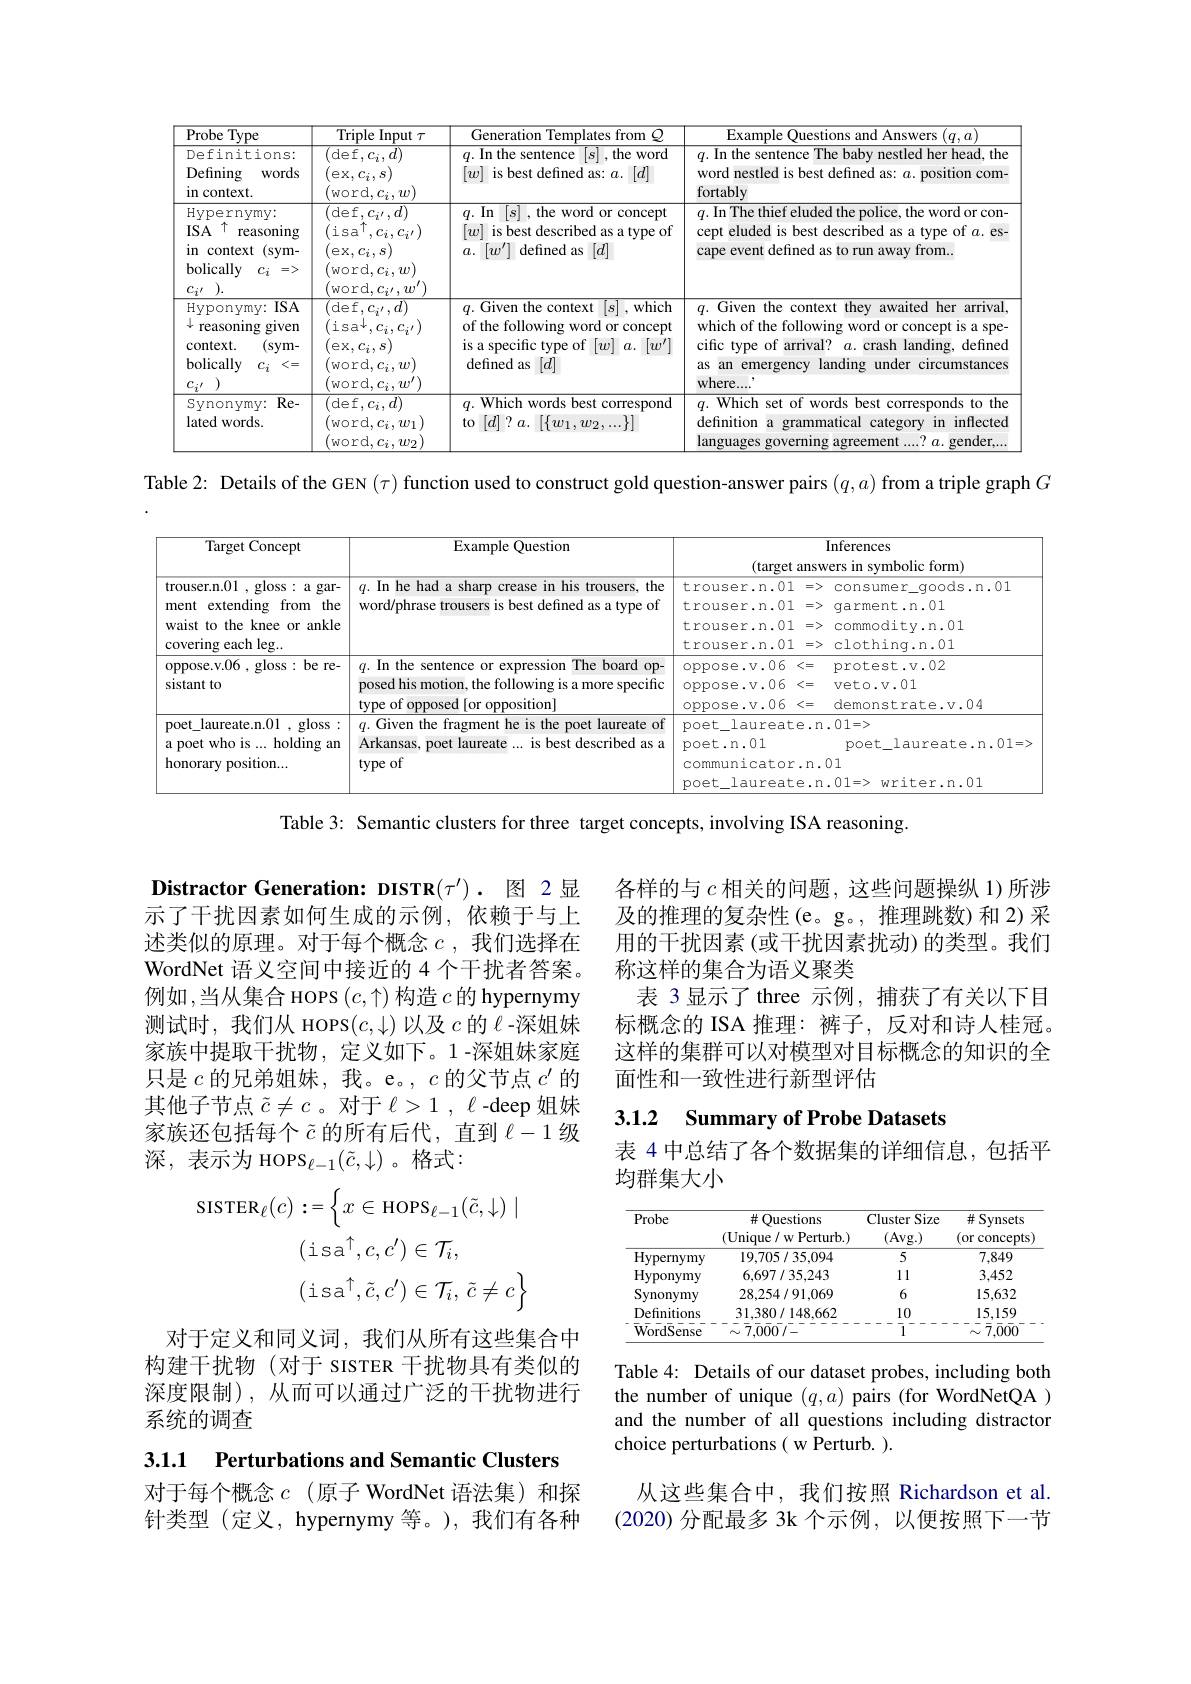
<table>
	<tbody>
		<tr>
			<th>$\overline{{\mathrm{Probe~Type}}}$</th>
			<th>Triple Input $\tau$</th>
			<th>Generation Templates from</th>
			<th>Examnle Ollestions Answers $n.a$</th>
		</tr>
		<tr>
			<td>Definitions: Defining words in context.</td>
			<td>$({\mathrm{def},c_{i},d)}$ ex$, c_{i}, s)$ $\operatorname{word},c_{i}$, $w]$ 1</td>
			<td>$q.$ In the sentence $\left[s\right]$,the word $[w]$ is best defined as: $a.[d]$</td>
			<td>$q.$ In the sentence The baby nestled her head, the word nestled is best defined as: $a.$ position com fortably</td>
		</tr>
		<tr>
			<td>$\operatorname{Hypernymy}:$ $ISA$ 千 reasoning in context (sym- bolically $C_{i}$ $C_{i}r$</td>
			<td>(def$,c_i^\prime,d)$ ( is$a^{\prime }$, $,c_{i},c_{i^{\prime}})$ ex$, c_{i}, s)$ (word$,c_i,w)$ $\operatorname{word},c_{i^{\prime}}$, $u$</td>
			<td>$[s]$ , the word or concept $q.$ In $[w]$ is best described as a type of $a.\left[w^{\prime}\right]$ defined as $\left|d\right|$</td>
			<td>$q.$ In The thief eluded the police, the word or con cept eluded is best described as a type of $a.$ es cape event defined as to run away from.</td>
		</tr>
		<tr>
			<td>$ISA$ $\operatorname{Hyponymy}:$ 1 1 reasoning given context. (sym- bolically $\langle=$</td>
			<td>${(\mathrm{def},c_{i^{\prime}},d)}$ (isa$^{\downarrow},c_{i}$, $,C_{i^{\prime}})$ ex$, c_{i}, s)$ $\operatorname{word},c_{i},w)$ word$,c_i$, $\boldsymbol{u}$</td>
			<td>$q.$ Given the context $[ s]$ , which of the following word or concept is a specific type of $[w]a.[w^{\prime}]$ defined as $[d]$</td>
			<td>$q.$ Given the context they awaited her arrival which of the following word or concept is a spe cific type of arrival? $a.$ crash landing, defined as an emergency landing under circumstances where....</td>
		</tr>
		<tr>
			<td>Synonymy: $Re-$ lated words.</td>
			<td>(def$,c_i,d)$ $\operatorname{word},c_{i},w_{1}$ $\operatorname{word},c_{i},w_{2}$</td>
			<td>$q.$ Which words best correspond to $[d]$?$a.[\{w_1,w_2,...\}]$</td>
			<td>$q.$ Which set of words best corresponds to the definition a grammatical category in inflected languages governing a aoreement crende</td>
		</tr>
	</tbody>
</table>

Table 2: Details of the GEN $(\tau)$ function used to construct gold question-answer pairs $(q,a)$ from a triple graph $G$

<table>
	<tbody>
		<tr>
			<th rowspan="2">Target Concept</th>
			<th rowspan="2">Example Question</th>
			<th> </th>
			<th>Inferences</th>
		</tr>
		<tr>
			<th colspan="2">$(tars$ 、 form)</th>
		</tr>
		<tr>
			<td>${\mathrm{trouser.n.01~,~gloss:~a~gar-}}$ ment $c$ extending 1 from $n$ the waist to the knee or ankle covering each leg...</td>
			<td>$q.$ In he had a sharp crease in his trousers, the word/phrase trousers is best defined as a type of</td>
			<td>trouser.n.01 trouser.n.01 trouser.n.01 trouser.n.01</td>
			<td>consumer\_qoods.n.01 qarment.n.01 commodity.n.01 clothinq.n.01</td>
		</tr>
		<tr>
			<td>oppose.v.06, gloss: be re- sistant to</td>
			<td>$q. \textbf{In the sentence or expression The board op- }$ posed his motion, the following is a more specific type of opposed [or opposition]</td>
			<td>oppose.v.06 oppose.v.06 oppose.v.06</td>
			<td>protest.v.02 veto.v.01 demonstrate.v.04</td>
		</tr>
		<tr>
			<td>poet\_laureate.n.01,gloss: a poet who is ... holding an honorary position...</td>
			<td>$q.$ Given the fragment he is the poet laureate of Arkansas, poet laureate ... is best described as a type of</td>
			<td>poet\_laureat poet.n.01 communicator laureat poet</td>
			<td>1.01=> poet laureate.n.01=> 01 1,01=> writer.n.01</td>
		</tr>
	</tbody>
</table>

Table 3: Semantic clusters for three target concepts, involving ISA reasoning.

各样的与$c$相关的问题，这些问题操纵 1)所涉及的推理的复杂性(e。g。,推理跳数)和 2)采用的干扰因素 (或干扰因素扰动) 的类型。我们称这样的集合为语义聚类
表 3显示了 three 示例，捕获了有关以下目标概念的 ISA 推理：裤子，反对和诗人桂冠。这样的集群可以对模型对目标概念的知识的全面性和一致性进行新型评估

Distractor Generation: DISTR($\tau^\prime)$.图 2显示了干扰因素如何生成的示例，依赖于与上述类似的原理。对于每个概念$c$ ,我们选择在WordNet 语义空间中接近的 4 个干扰者答案。例如 ,当从集合 HOPS $(c,\uparrow)$构造$c$的 hypernymy 测试时，我们从 HOPS$(c,\downarrow)$以及$c$的$\ell$ -深姐妹家族中提取干扰物，定义如下。1-深姐妹家庭只是$c$的兄弟姐妹，我。e。, $c$的父节点$c^\prime$的其他子节点$\tilde{c}\neq c$ 。对于$\ell>1,\ell$ -deep 姐妹家族还包括每个$\tilde{c}$的所有后代，直到$\ell-1$级深，表示为 HOPS$_\ell-1(\tilde{c},\downarrow)$。格式：

## 3.1.2 Summary of Probe Datasets

表 4 中总结了各个数据集的详细信息，包括平
均群集大小
$$\begin{aligned}\mathrm{SISTER}_{\ell}(c)&:=\left\{x\in\mathrm{HOPS}_{\ell-1}(\tilde{c},\downarrow)\mid\right\}\\&(\mathrm{isa}^{\uparrow},c,c^{\prime})\in\mathcal{T}_{i},\\&(\mathrm{isa}^{\uparrow},\tilde{c},c^{\prime})\in\mathcal{T}_{i},\:\tilde{c}\neq c\biggr\}\end{aligned}$$
<table>
	<tbody>
		<tr>
			<th>Probe</th>
			<th>井 Questions (Unique/ w Perturb.)</th>
			<th>Cluster Size (Avg.)</th>
			<th>$\#S$ Synsets (or concepts)</th>
		</tr>
		<tr>
			<td>Hypernymy</td>
			<td>19,705/35,094</td>
			<td>5</td>
			<td>7,849</td>
		</tr>
		<tr>
			<td>Hyponymy</td>
			<td>6.697/35.243</td>
			<td>11</td>
			<td>3,452</td>
		</tr>
		<tr>
			<td>Synonymy</td>
			<td>28,254/91,069</td>
			<td>6</td>
			<td>15,632</td>
		</tr>
		<tr>
			<td>Definitions $\bar{\mathrm{Word}}\bar{\mathrm{Sense}}$</td>
			<td>31,380/148,662 $\bar{\sim}\bar{7}\bar{0}\bar{0}\bar{0}\bar{1}-$</td>
			<td>10 1</td>
			<td>15,159 $-\bar{\sim}\bar{7},\bar{0}\bar{0}\bar{0}$</td>
		</tr>
	</tbody>
</table>

对于定义和同义词，我们从所有这些集合中构建干扰物(对于 sIsTER 干扰物具有类似的深度限制),从而可以通过广泛的干扰物进行系统的调查

Table 4: Details of our dataset probes, including both the number of unique $(q,a)$ pairs (for WordNetQA ) and the number of all questions including distractor choice perturbations( w Perturb. ).

3.1.1 Perturbations and Semantic Clusters

对于每个概念$c$ (原子 WordNet 语法集)和探针类型(定义，hypernymy 等。),我们有各种

从这些集合中，我们按照 Richardson et al. (2020)分配最多 3k 个示例，以便按照下一节